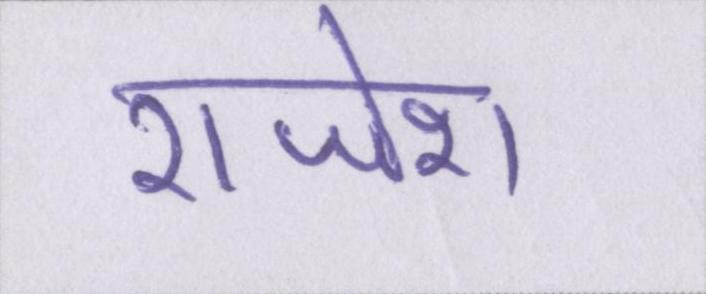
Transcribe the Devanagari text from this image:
राजेश